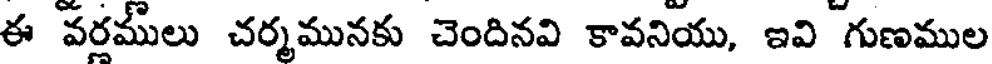
ఈ వరములు చర్మమునకు చెందినవి కావనియు, ఇవి గుణముల